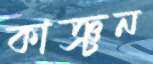
কাঞ্চন